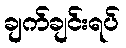
ချက်ချင်းရပ်